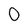
Character: 0